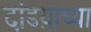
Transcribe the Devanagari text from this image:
दांडय़ाच्या